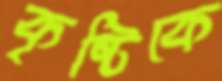
কৃষ্টিকে